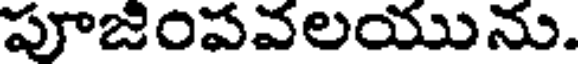
పూజింపవలయును.